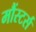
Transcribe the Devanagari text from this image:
मौंस्टर्स